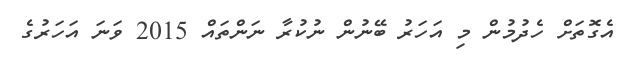
އެގޮތަށް ހެދުމުން މި އަހަރު ބޭނުން ނުކުރާ ނަންތައް 2015 ވަނަ އަހަރުގެ